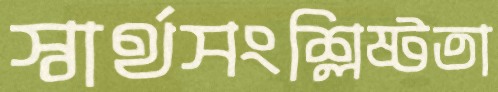
স্বার্থসংশ্লিষ্টতা